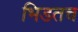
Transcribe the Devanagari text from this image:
भिडतच